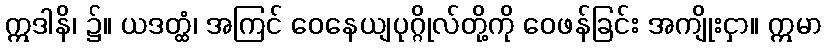
ဣဒါနိ၊ ၌။ ယဒတ္ထံ၊ အကြင် ဝေနေယျပုဂ္ဂိုလ်တို့ကို ဝေဖန်ခြင်း အကျိုးငှာ။ ဣမာ